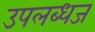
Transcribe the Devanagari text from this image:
उपलब्धज